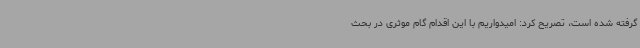
گرفته شده است، تصریح کرد: امیدواریم با این اقدام گام موثری در بحث